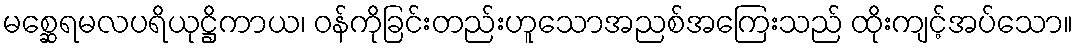
မစ္ဆေရမလပရိယုဋ္ဌိကာယ၊ ဝန်ကိုခြင်းတည်းဟူသောအညစ်အကြေးသည် ထိုးကျင့်အပ်သော။